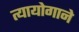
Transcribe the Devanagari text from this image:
त्यायोगाने